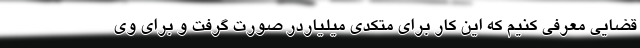
قضایی معرفی کنیم که این کار برای متکدی میلیاردر صورت گرفت و برای وی